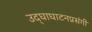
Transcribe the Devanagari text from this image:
उद्‌घाघाटनप्रसंगी